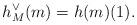
LaTeX: \begin{align*}h^\vee_M(m)=h(m)(1).\end{align*}